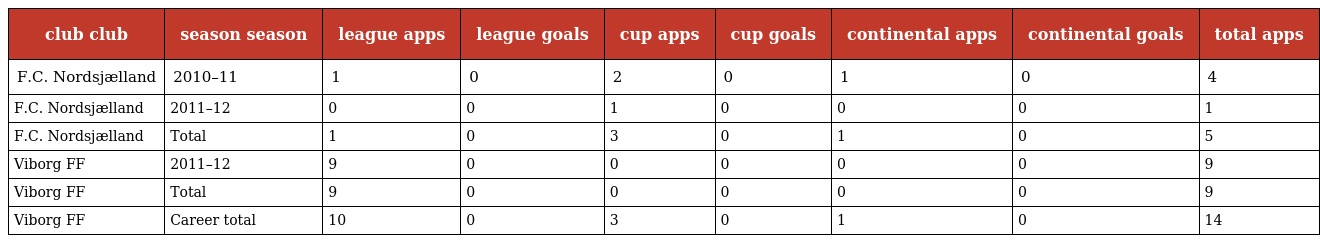
| club club | season season | league apps | league goals | cup apps | cup goals | continental apps | continental goals | total apps |
 | --- | --- | --- | --- | --- | --- | --- | --- | --- |
 | F.C. Nordsjælland | 2010–11 | 1 | 0 | 2 | 0 | 1 | 0 | 4 |
 | F.C. Nordsjælland | 2011–12 | 0 | 0 | 1 | 0 | 0 | 0 | 1 |
 | F.C. Nordsjælland | Total | 1 | 0 | 3 | 0 | 1 | 0 | 5 |
 | Viborg FF | 2011–12 | 9 | 0 | 0 | 0 | 0 | 0 | 9 |
 | Viborg FF | Total | 9 | 0 | 0 | 0 | 0 | 0 | 9 |
 | Viborg FF | Career total | 10 | 0 | 3 | 0 | 1 | 0 | 14 |